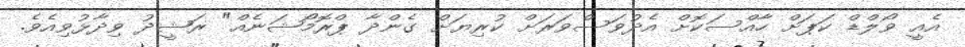
އެއީ ވޯލްޑް ކަޕަށް ހާއްސަކޮށް އެދުވަސްވަރަށް ކުރިޔަށް ގެންދާ ޕްރޮމޯޝަނެއް" ރަޝީދު ވިދާޅުވިއެވެ.